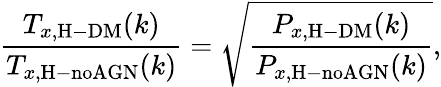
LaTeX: \frac{T_{x,\mathrm{H-DM}}(k)}{T_{x,\mathrm{H-noAGN}}(k)}=\sqrt{\frac{P_{x,\mathrm{H-DM}}(k)}{P_{x,\mathrm{H-noAGN}}(k)}},